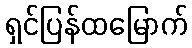
ရှင်ပြန်ထမြောက်